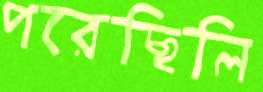
পরেছিলি